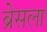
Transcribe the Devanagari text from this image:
ब्रेसला